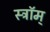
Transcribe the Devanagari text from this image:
स्ट्रॉम्‌